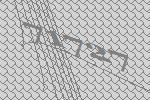
71727